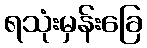
ရသုံးမှန်းခြေ